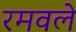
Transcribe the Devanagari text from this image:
रमवले